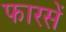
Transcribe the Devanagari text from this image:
फारसें